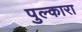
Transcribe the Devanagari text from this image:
पुल्कारा